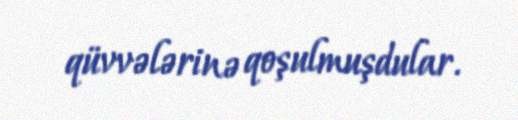
qüvvələrinə qoşulmuşdular.